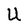
Character: U